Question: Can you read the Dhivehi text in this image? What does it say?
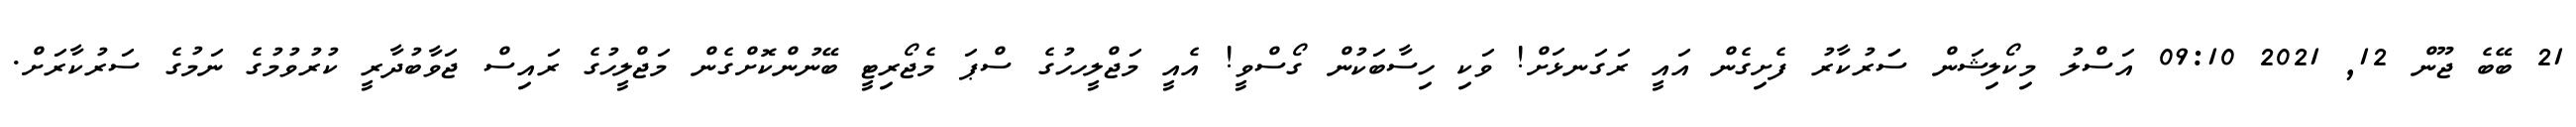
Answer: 21 ބޭބެ ޖޫން 12, 2021 09:10 އަސްލު މިކޯލިޝަން ސަަރުކާރު ފެށިގެން އައީ ރަގަނޅަށް! ވަކި ހިސާބަކުން ގޯސްވީ! އެއީ މަޖްލީހހުގެ ސްޕަ މެޖޯރިޓީ ބޭނުންކޮށްގެން މަޖްލީހުގެ ރައިސް ޖަވާބުދާރީ ކުރުވުމުގެ ނަމުގެ ސަރުކާރަށް.